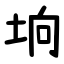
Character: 垧